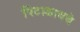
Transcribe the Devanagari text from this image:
पिटाळायचे